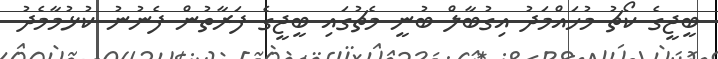
ބީޖީގެ ކޯޗު މުހައްމަދު އިގުބާލް ބުނީ މެޗުގައި ބީޖީގެ ފަރާތުން ފެނުނު ކުޅުމާމެދު